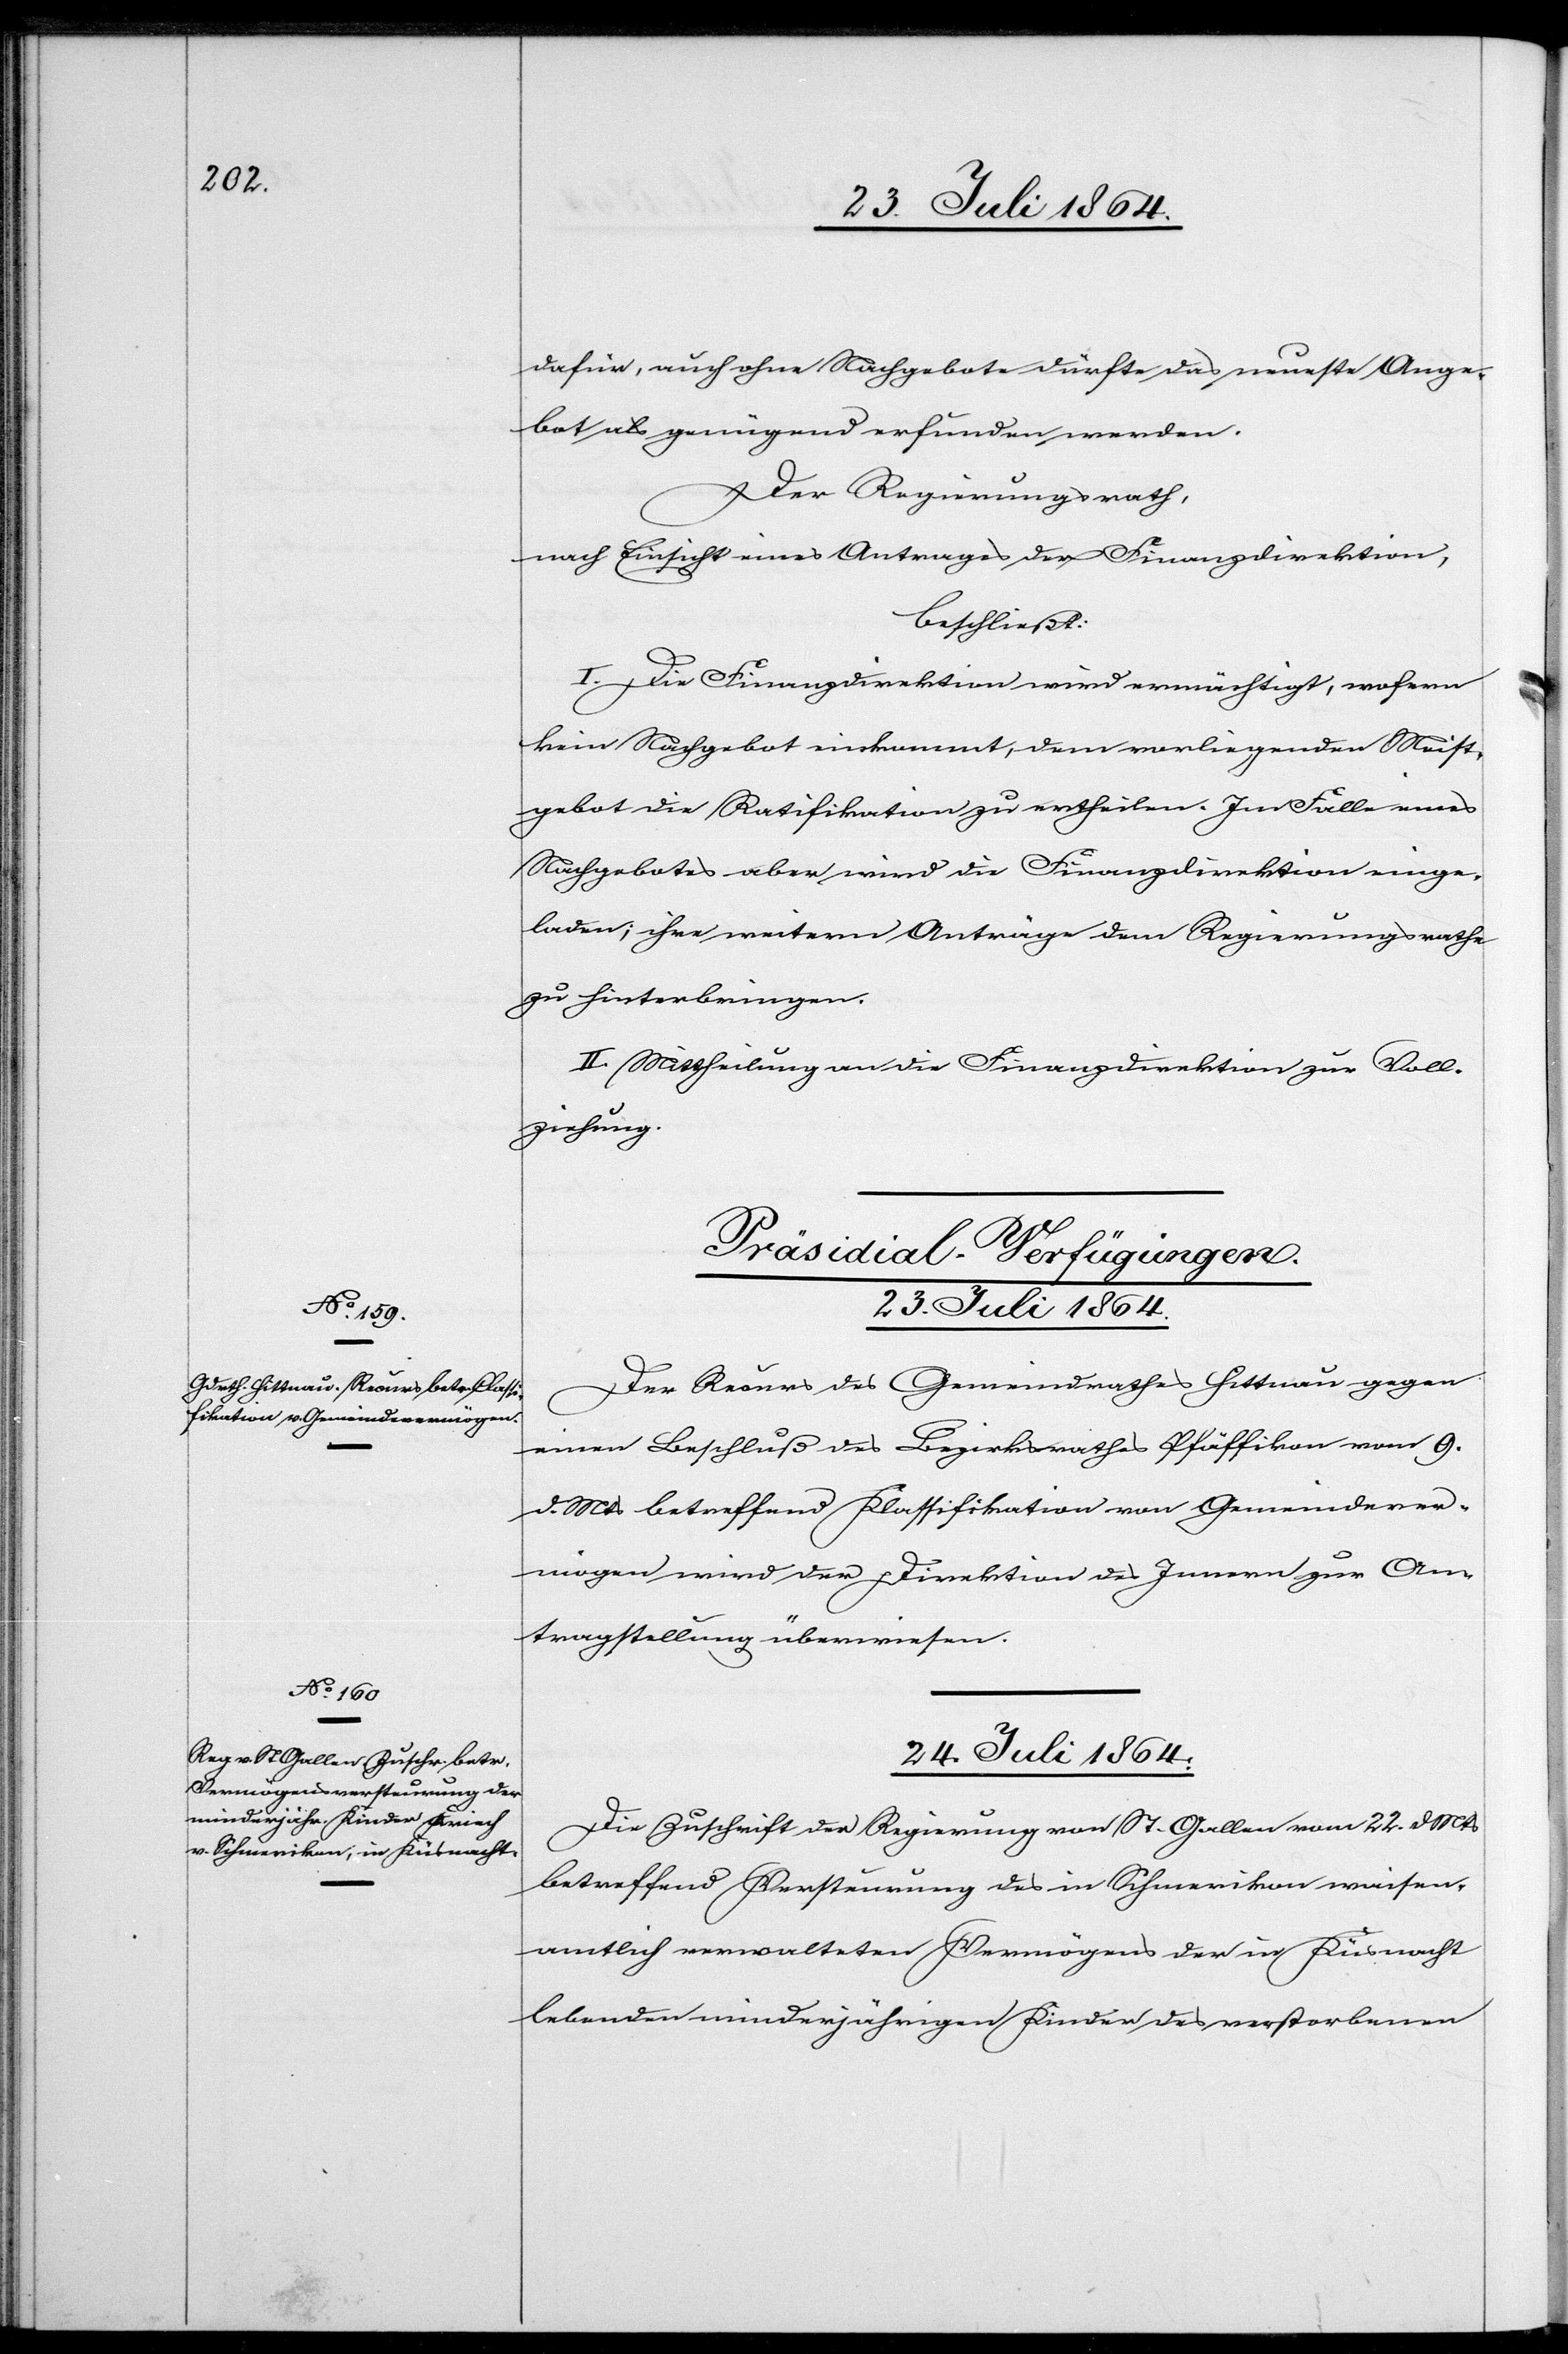
23. Juli 1864.
dafür, auch ohne Nachgebote dürfte das neueste Ange¬
bot als genügend erfunden werden.
Der Regierungsrath,
nach Einsicht eines Antrages der Finanzdirektion,
beschließt:
I. Die Finanzdirektion wird ermächtigt, wofern
kein Nachgebot einkommt, dem vorliegenden Meist¬
gebot die Ratifikation zu ertheilen. Im Falle eines
Nachgebots aber wird die Finanzdirektion einge¬
laden, ihre weiteren Anträge dem Regierungsrathe
zu hinterbringen.
II. Mittheilung an die Finanzdirektion zur Voll¬
ziehung.
[Präsidial-Verfügungen.]
Der Recurs des Gemeindrathes Hittnau gegen
einen Beschluß des Bezirksrathes Pfäffikon vom 9.
d. Mts. betreffend Klassifikation von Gemeindever¬
mögen wird der Direktion des Innern zur An¬
tragstellung überwiesen.
24. Juli 1864.
Die Zuschrift der Regierung von St. Gallen vom 22. d. Mts.
betreffend Versteurung des in Schmerikon waisen¬
amtlich verwalteten Vermögens der in Küsnacht
lebenden minderjährigen Kinder des verstorbenen